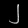
Digit: ၂